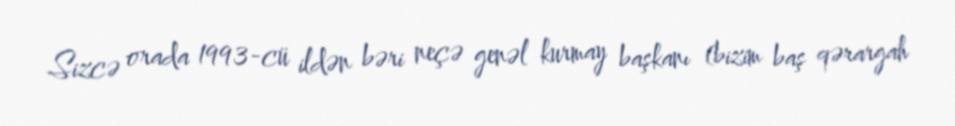
Sizcə orada 1993-cü ildən bəri neçə genəl kurmay başkanı (bizim baş qərargah